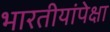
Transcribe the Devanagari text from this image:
भारतीयांपेक्षा